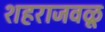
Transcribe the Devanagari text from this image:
शहराजवळू